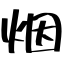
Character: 烟